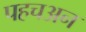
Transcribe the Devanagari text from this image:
पहचअन